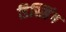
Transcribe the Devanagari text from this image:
डिस्सिंग